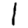
Digit: 1